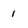
Character: l